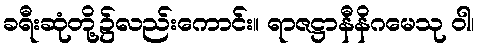
ခရီးဆုံတို့၌လည်းကောင်း။ ရာဇဋ္ဌာနီနိဂမေသု ဝါ၊